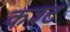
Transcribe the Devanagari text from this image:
कश्ट